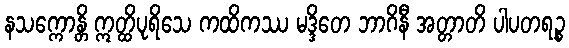
နသက္ကောန္တိ ဣတ္ထိပုရိသေ ကထိကဿ မဒ္ဒိတေ ဘာဂိနီ အတ္တာတိ ပါပတရဉ္စ